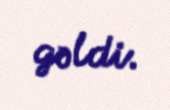
gəldi.